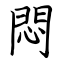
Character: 悶